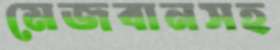
মেজবানসহ